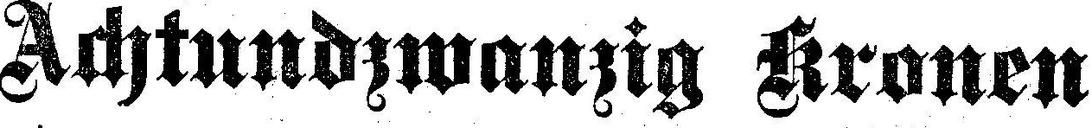
Achtundzwanzig Kronen